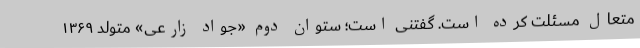
متعال مسئلت کرده است. گفتنی است؛‌ ستوان دوم «جواد زارعی» متولد ۱۳۶۹